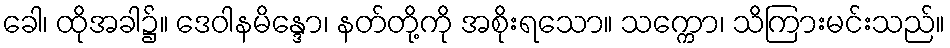
ခေါ၊ ထိုအခါ၌။ ဒေဝါနမိန္ဒော၊ နတ်တို့ကို အစိုးရသော။ သက္ကော၊ သိကြားမင်းသည်။